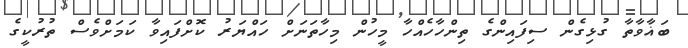
ބަޣާވާތާ ގުޅިގެން ސިފައިންގެ ތިންހާހެއްހާ މީހުން މިހާތަނަށް ހައްޔަރު ކޮށްފައިވާ ކަމަށްވެސް ތުރުކީގެ